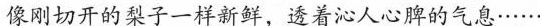
像刚切开的梨子一样新鲜，透着沁人心脾的气息······